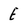
Character: E